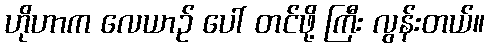
ဟိုဟာက လေယာဉ် ပေါ် တင်ဖို့ ကြီး လွန်းတယ်။